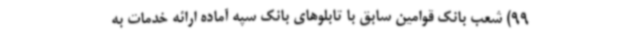
99) شعب بانک قوامین سابق با تابلوهای بانک سپه آماده ارائه خدمات به